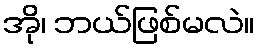
အို၊ ဘယ်ဖြစ်မလဲ။